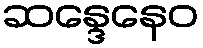
ဆန္ဒေနေဝ